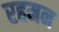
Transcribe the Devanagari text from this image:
रहमन